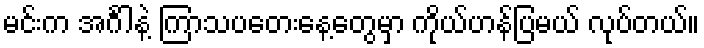
မင်းက အင်္ဂါနဲ့ ကြာသပတေးနေ့တွေမှာ ကိုယ်ဟန်ပြမယ် လုပ်တယ်။